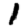
Digit: 1